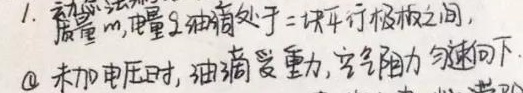
1. 质量\(m\)，电量\(q\)油滴处于二块平行极板之间，\textcircled{1} 未加电压时，油滴受重力，空气阻力 匀速向下。